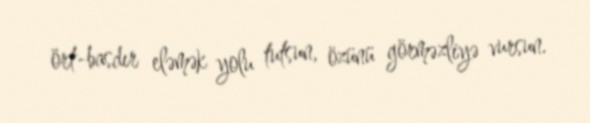
ört-basdır eləmək yolu tutsun, özünü görməzliyə vursun.